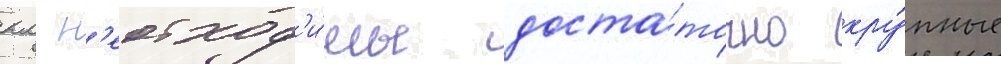
км н'еобход'и́мы доста́точно кру́пные